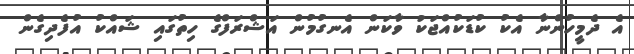
އެ ދެމީހުންނާ އެކު ކުޑަކުއްޖަކު ވާކަން އެނގުމުން އަޝްރަފްގެ ހިތުގައި ޝައްކު އުފެދިގެން